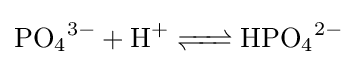
{\ce {PO4^3- + H+ <=> HPO4^2-}}